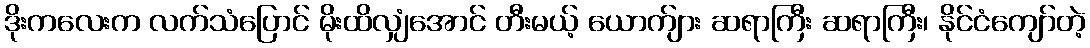
ဒိုးကလေးက လက်သံပြောင် မိုးထိလျှံအောင် တီးမယ့် ယောက်ျား ဆရာကြီး ဆရာကြီး၊ နိုင်ငံကျော်တဲ့